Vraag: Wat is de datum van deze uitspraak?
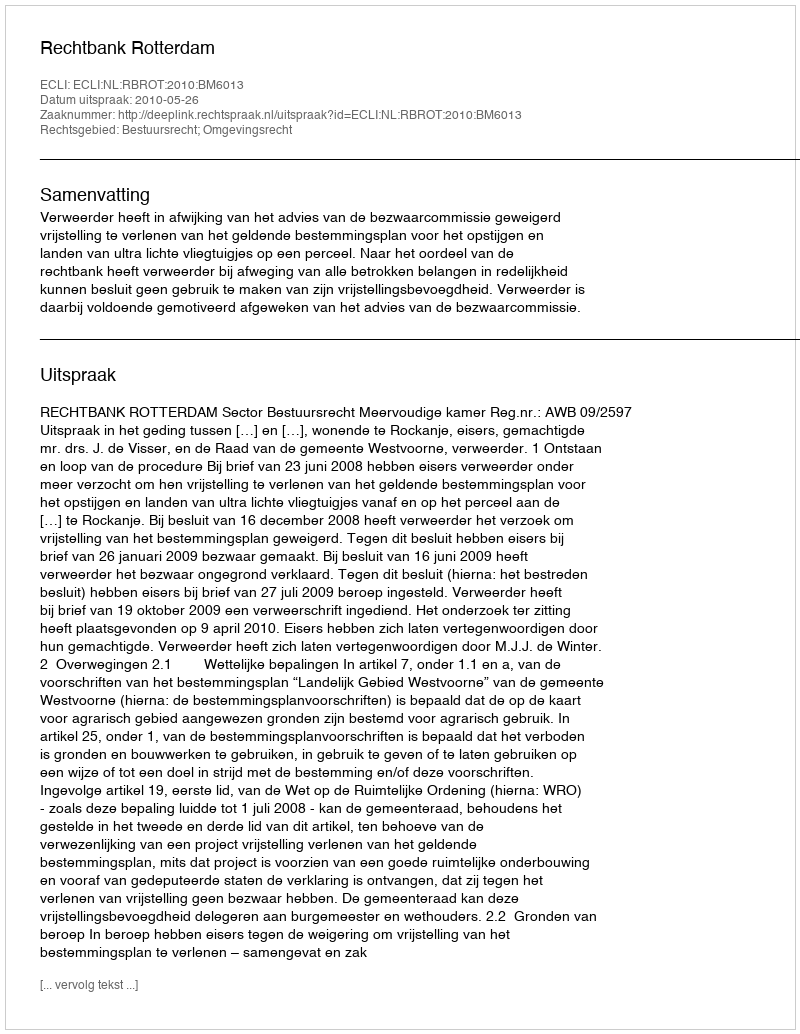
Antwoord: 2010-05-26